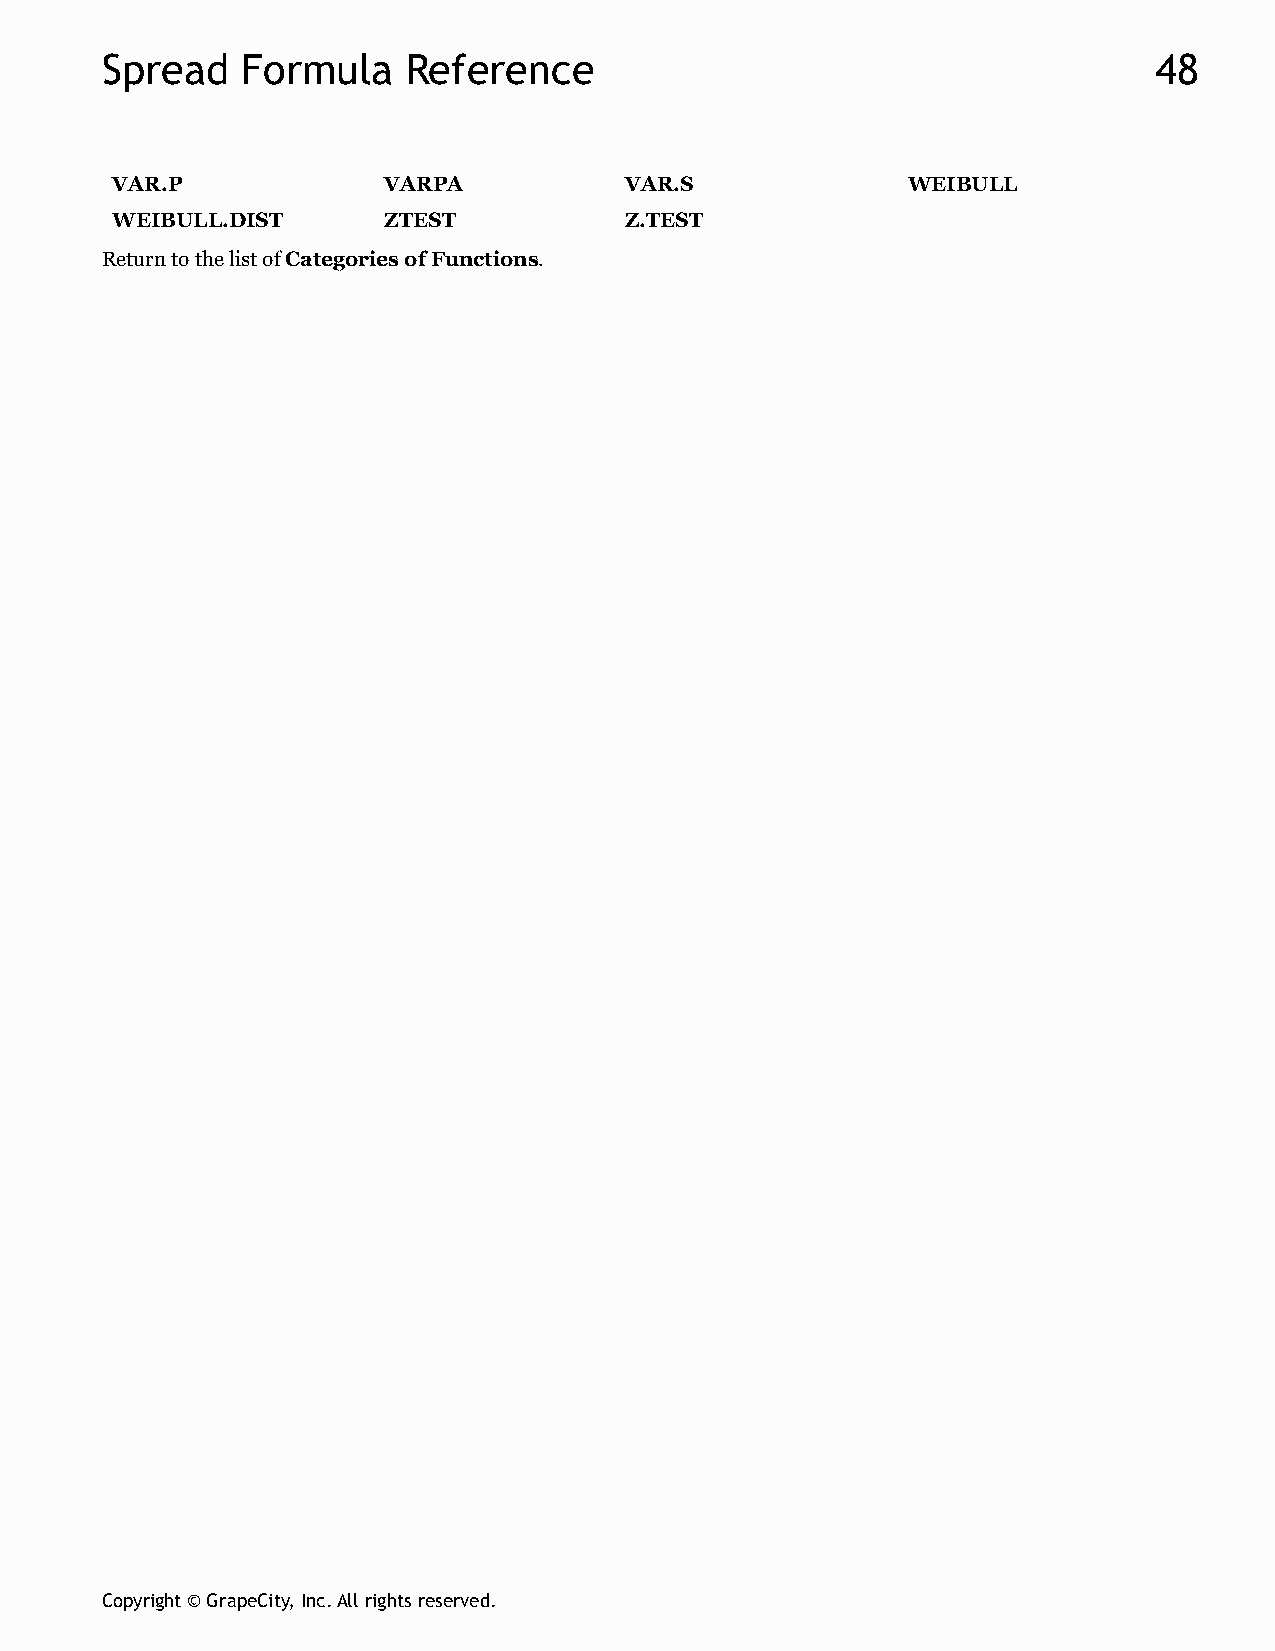
Spread   Formula    Reference                                        48
 VAR.P             VARPA           VAR.S              WEIBULL
 WEIBULL.DIST      ZTEST           Z.TEST
 Return to the list of Categories of Functions.
 Copyright © GrapeCity, Inc. All rights reserved.